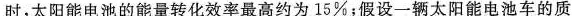
时，太阳能电池的能量转化效率最高约为15\%；假设一辆太阳能电池车的质